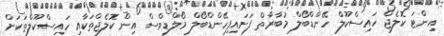
އިންޓަ ކޮލެޖް ހައިސްކޫލް ހޭންޑްބޯލް މުބާރާތް ފަށައިފިހޭންޑްބޯލް މޯލްޑިވްސް އިން ކޮލެޖްތަކާއި ހައިސްކޫލްތަކަށް